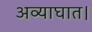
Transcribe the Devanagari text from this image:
अव्याघात।